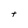
Character: t